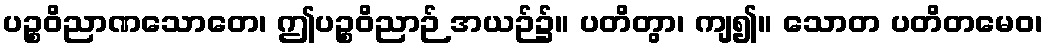
ပဉ္စဝိညာဏသောတေ၊ ဤပဉ္စဝိညာဉ် အယဉ်၌။ ပတိတွာ၊ ကျ၍။ သောတ ပတိတမေဝ၊